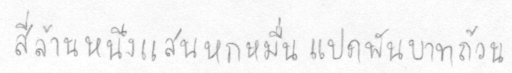
สี่ล้านหนึ่งแสนหกหมื่นแปดพันบาทถ้วน